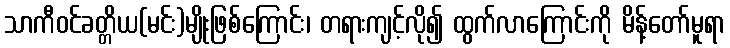
သာကီဝင်ခတ္တိယ(မင်း)မျိုးဖြစ်ကြောင်း၊ တရားကျင့်လို၍ ထွက်လာကြောင်းကို မိန့်တော်မူရာ